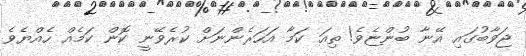
ޖަވާބުގައި އޭނާ ބުންޏެވެ! ތިއަ ކަމާ އަހަރެންނަށް ކުރެވޭނީ ކޮން ކަމެއް ހެއްޔެވެ